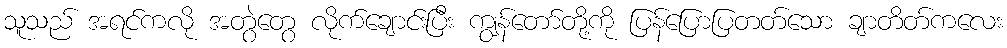
သူသည် အရင်ကလို အတွဲတွေ လိုက်ချောင်းပြီး ကျွန်တော်တို့ကို ပြန်ပြောပြတတ်သော ချာတိတ်ကလေး